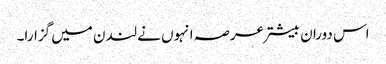
اس دوران بیشتر عرصہ انہوں نے لندن میں گزارا۔